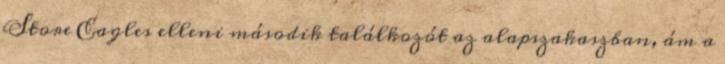
Store Eagles elleni második találkozót az alapszakaszban, ám a